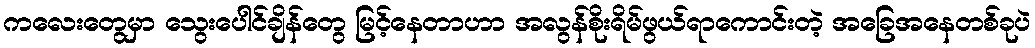
ကလေးတွေမှာ သွေးပေါင်ချိန်တွေ မြင့်နေတာဟာ အလွန်စိုးရိမ်ဖွယ်ရာကောင်းတဲ့ အခြေအနေတစ်ခုပဲ